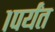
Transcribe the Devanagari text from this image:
१पर्यंत